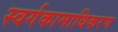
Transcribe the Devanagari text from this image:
स्वर्गकामाधिकरण